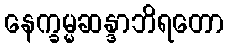
နေက္ခမ္မဆန္ဒာဘိရတော